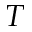
{ T }